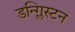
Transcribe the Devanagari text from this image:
डन्ग्लिस्टन